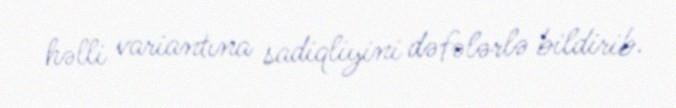
həlli variantına sadiqliyini dəfələrlə bildirib.